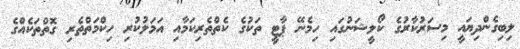
ލިބިގެންދިޔައީ މިސަރުކާރުގެ ކޯލީޝަނުގައި ހިމެނޭ ޕާޓީ ތަކުގެ ކެތްތެރިކަމާއި އަމަލުކުރި ހިކްމަތްތެރި ގޮތްތަކެއްގެ